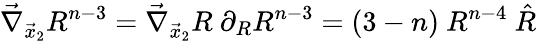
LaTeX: \vec{\nabla}_{\vec{x}_{2}}R^{n-3}=\vec{\nabla}_{\vec{x}_{2}}R~\partial_{R}R^{n-3}=(3-n)~R^{n-4}~\hat{R}